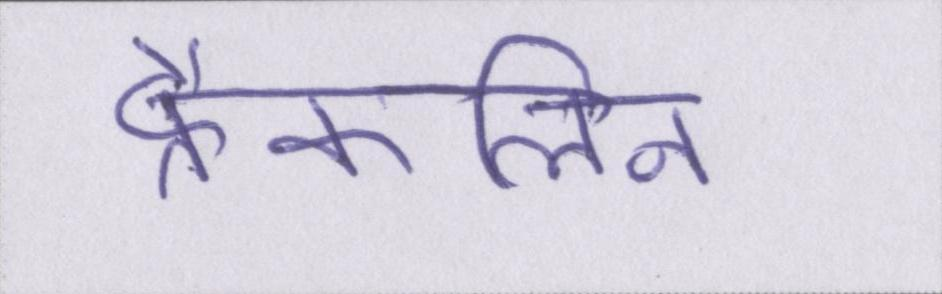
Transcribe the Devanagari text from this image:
फ्रैंकलिन